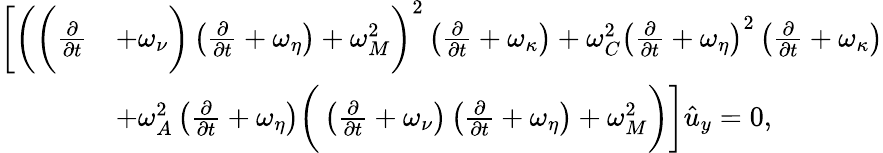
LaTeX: \begin{array}{rl}{\bigg[\bigg(\bigg(\frac{\partial}{\partial{t}}}&{+\omega_{\nu}\bigg)\left(\frac{\partial}{\partial{t}}+\omega_{\eta}\right)+\omega_{M}^{2}\bigg)^{2}\left(\frac{\partial}{\partial{t}}+\omega_{\kappa}\right)+\omega_{C}^{2}\left(\frac{\partial}{\partial{t}}+\omega_{\eta}\right)^{2}\left(\frac{\partial}{\partial{t}}+\omega_{\kappa}\right)}\\ &{+\omega_{A}^{2}\left(\frac{\partial}{\partial{t}}+\omega_{\eta}\right)\bigg(\left(\frac{\partial}{\partial{t}}+\omega_{\nu}\right)\left(\frac{\partial}{\partial{t}}+\omega_{\eta}\right)+\omega_{M}^{2}\bigg)\bigg]\hat{u}_{y}=0,}\end{array}